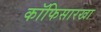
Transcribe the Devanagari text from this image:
कॉफिसारखा